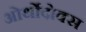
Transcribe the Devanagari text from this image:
ओर्थोदोक्स